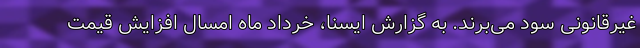
غیرقانونی سود می‌برند. به گزارش ایسنا، خرداد ماه امسال افزایش قیمت